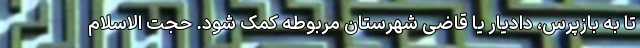
تا به بازپرس، دادیار یا قاضی شهرستان مربوطه کمک شود. حجت الاسلام